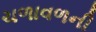
ચળાવળની